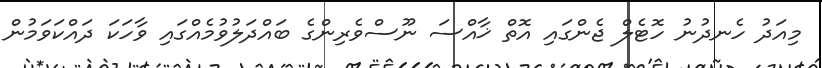
މިއަދު ހެނދުނު ހޮޓެލް ޖެންގައި އޮތް ޚާއްސަ ނޫސްވެރިންގެ ބައްދަލުވުމެއްގައި ވާހަކަ ދައްކަވަމުން